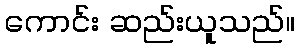
ကောင်း ဆည်းယူသည်။